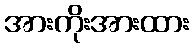
အားကိုးအားထား